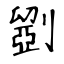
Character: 𠠇